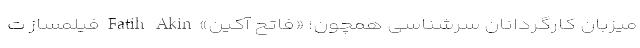
میزبان کارگردانان سرشناسی همچون؛ «فاتح آکین» Fatih Akin فیلمساز ت